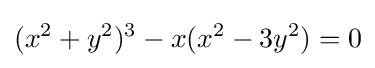
(x^{2}+y^{2})^{3}-x(x^{2}-3y^{2})=0